Indian journal of veterinary science and animal husbandry - Volume 6,
Year: 1936
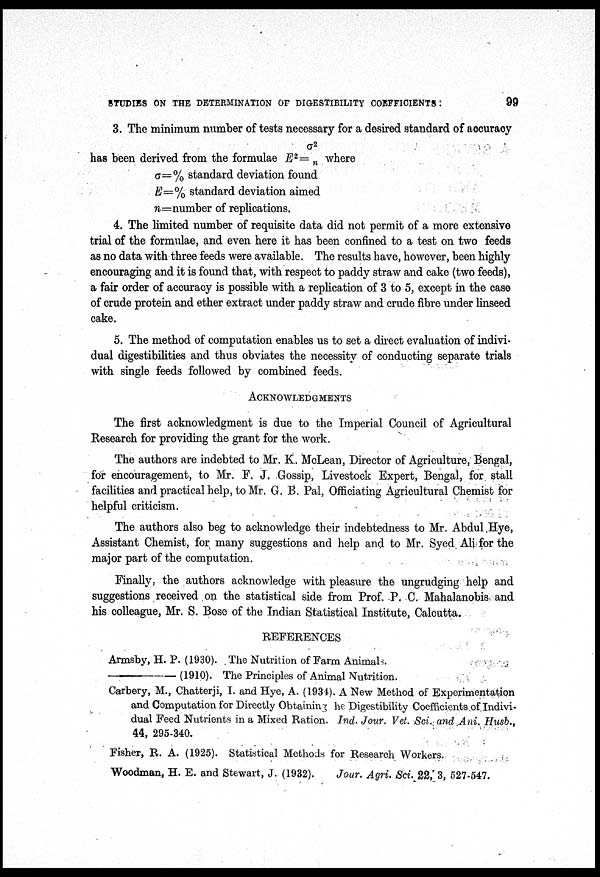
STUDIES ON THE DETERMINATION OF DIGESTIBILITY COEFFICIENTS:
99
3. The minimum number of tests necessary for a desired standard of accuracy
has been derived from the formulae E 2 = σ 2 / n where
σ=% standard deviation found
E=% standard deviation aimed
n=number of replications.
4. The limited number of requisite data did not permit of a more extensive
trial of the formulae, and even here it has been confined to a test on two feeds
as no data with three feeds were available. The results have, however, been highly
encouraging and it is found that, with respect to paddy straw and cake (two feeds),
a fair order of accuracy is possible with a replication of 3 to 5, except in the case
of crude protein and ether extract under paddy straw and crude fibre under linseed
cake.
5. The method of computation enables us to set a direct evaluation of indivi
dual digestibilities and thus obviates the necessity of conducting separate trials
with single feeds followed by combined feeds.
ACKNOWLEDGMENTS
The first acknowledgment is due to the Imperial Council of Agricultural
Research for providing the grant for the work.
The authors are indebted to Mr. K. McLean, Director of Agriculture, Bengal,
for encouragement, to Mr. F. J. Gossip, Livestock Expert, Bengal, for stall
facilities and practical help, to Mr. G. B. Pal, Officiating Agricultural Chemist for
helpful criticism.
The authors also beg to acknowledge their indebtedness to Mr. Abdul Hye,
Assistant Chemist, for many suggestions and help and to Mr. Syed Ali for the
major part of the computation.
Finally, the authors acknowledge with pleasure the ungrudging help and
suggestions received on the statistical side from Prof. P. C. Mahalanobis and
his colleague, Mr. S. Bose of the Indian Statistical Institute, Calcutta.
REFERENCES
Armsby, H. P. (1930). The Nutrition of Farm Animals.
—(1910).
The Principles of Animal Nutrition.
Carbery, M., Chatterji, I. and Hye, A. (1934). A New Method of Experimentation
and Computation for Directly Obtaining he Digestibility Coefficients of Indivi
dual Feed Nutrients in a Mixed Ration. Ind. Jour. Vet. Sci. and Ani. Husb.,
44, 295.340.
Fisher, R. A. (1925). Statistical Methods for Research Workers.
Woodman, H. E. and Stewart, J. (1932).
Jour. Agri. Sci. 22, 3, 527-547.